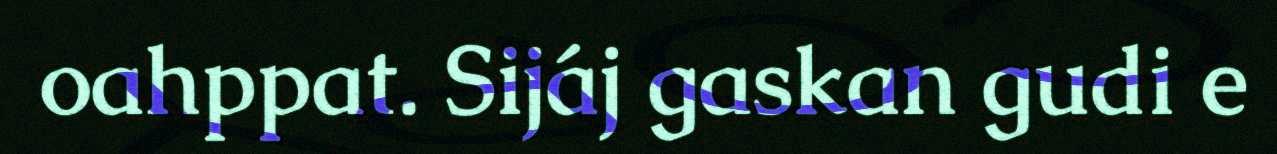
oahppat. Sijáj gaskan gudi e